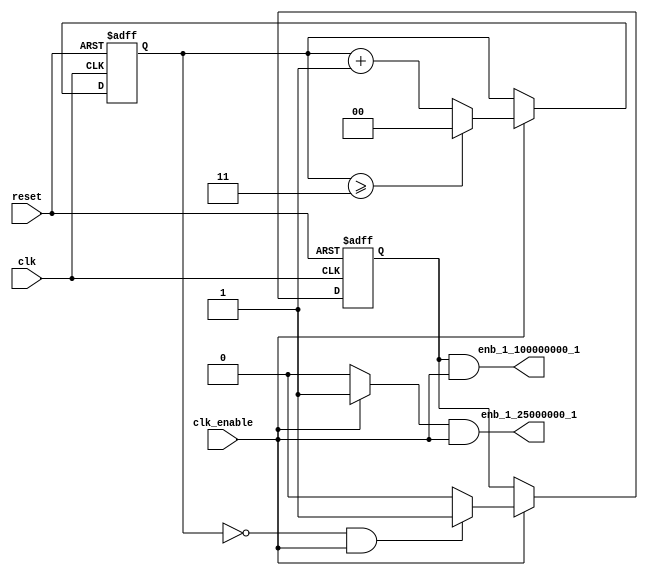
// -------------------------------------------------------------
// 
// 
// Generated by MATLAB 9.12 and HDL Coder 3.20
// 
// -------------------------------------------------------------


// -------------------------------------------------------------
// 
// Module: RaisedCosine_tc
// Source Path: RaisedCosine_tc
// Hierarchy Level: 1
// 
// Master clock enable input: clk_enable
// 
// enb_1_25000000_1: identical to clk_enable
// enb_1_100000000_1: 4x slower than clk with phase 1
// 
// -------------------------------------------------------------

`timescale 1 ns / 1 ns

module RaisedCosine_tc
          (clk,
           reset,
           clk_enable,
           enb_1_25000000_1,
           enb_1_100000000_1);


  input   clk;
  input   reset;
  input   clk_enable;
  output  enb_1_25000000_1;
  output  enb_1_100000000_1;


  reg [1:0] count4;  // ufix2
  wire phase_all;
  reg  phase_1;
  wire phase_1_tmp;


  always @ (posedge clk or posedge reset)
    begin: Counter4
      if (reset == 1'b1) begin
        count4 <= 2'b01;
      end
      else begin
        if (clk_enable == 1'b1) begin
          if (count4 >= 2'b11) begin
            count4 <= 2'b00;
          end
          else begin
            count4 <= count4 + 2'b01;
          end
        end
      end
    end // Counter4

  assign phase_all = clk_enable ? 1'b1 : 1'b0;

  always @ (posedge clk or posedge reset)
    begin: temp_process1
      if (reset == 1'b1) begin
        phase_1 <= 1'b1;
      end
      else begin
        if (clk_enable == 1'b1) begin
          phase_1 <= phase_1_tmp;
        end
      end
    end // temp_process1

  assign  phase_1_tmp = (count4 == 2'b00 && clk_enable == 1'b1) ? 1'b1 : 1'b0;

  assign enb_1_25000000_1 =  phase_all & clk_enable;

  assign enb_1_100000000_1 =  phase_1 & clk_enable;


endmodule  // RaisedCosine_tc